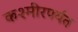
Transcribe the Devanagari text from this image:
कश्मीरपर्यंत